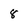
Character: 8